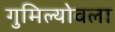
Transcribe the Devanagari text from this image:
गुमिल्योवला